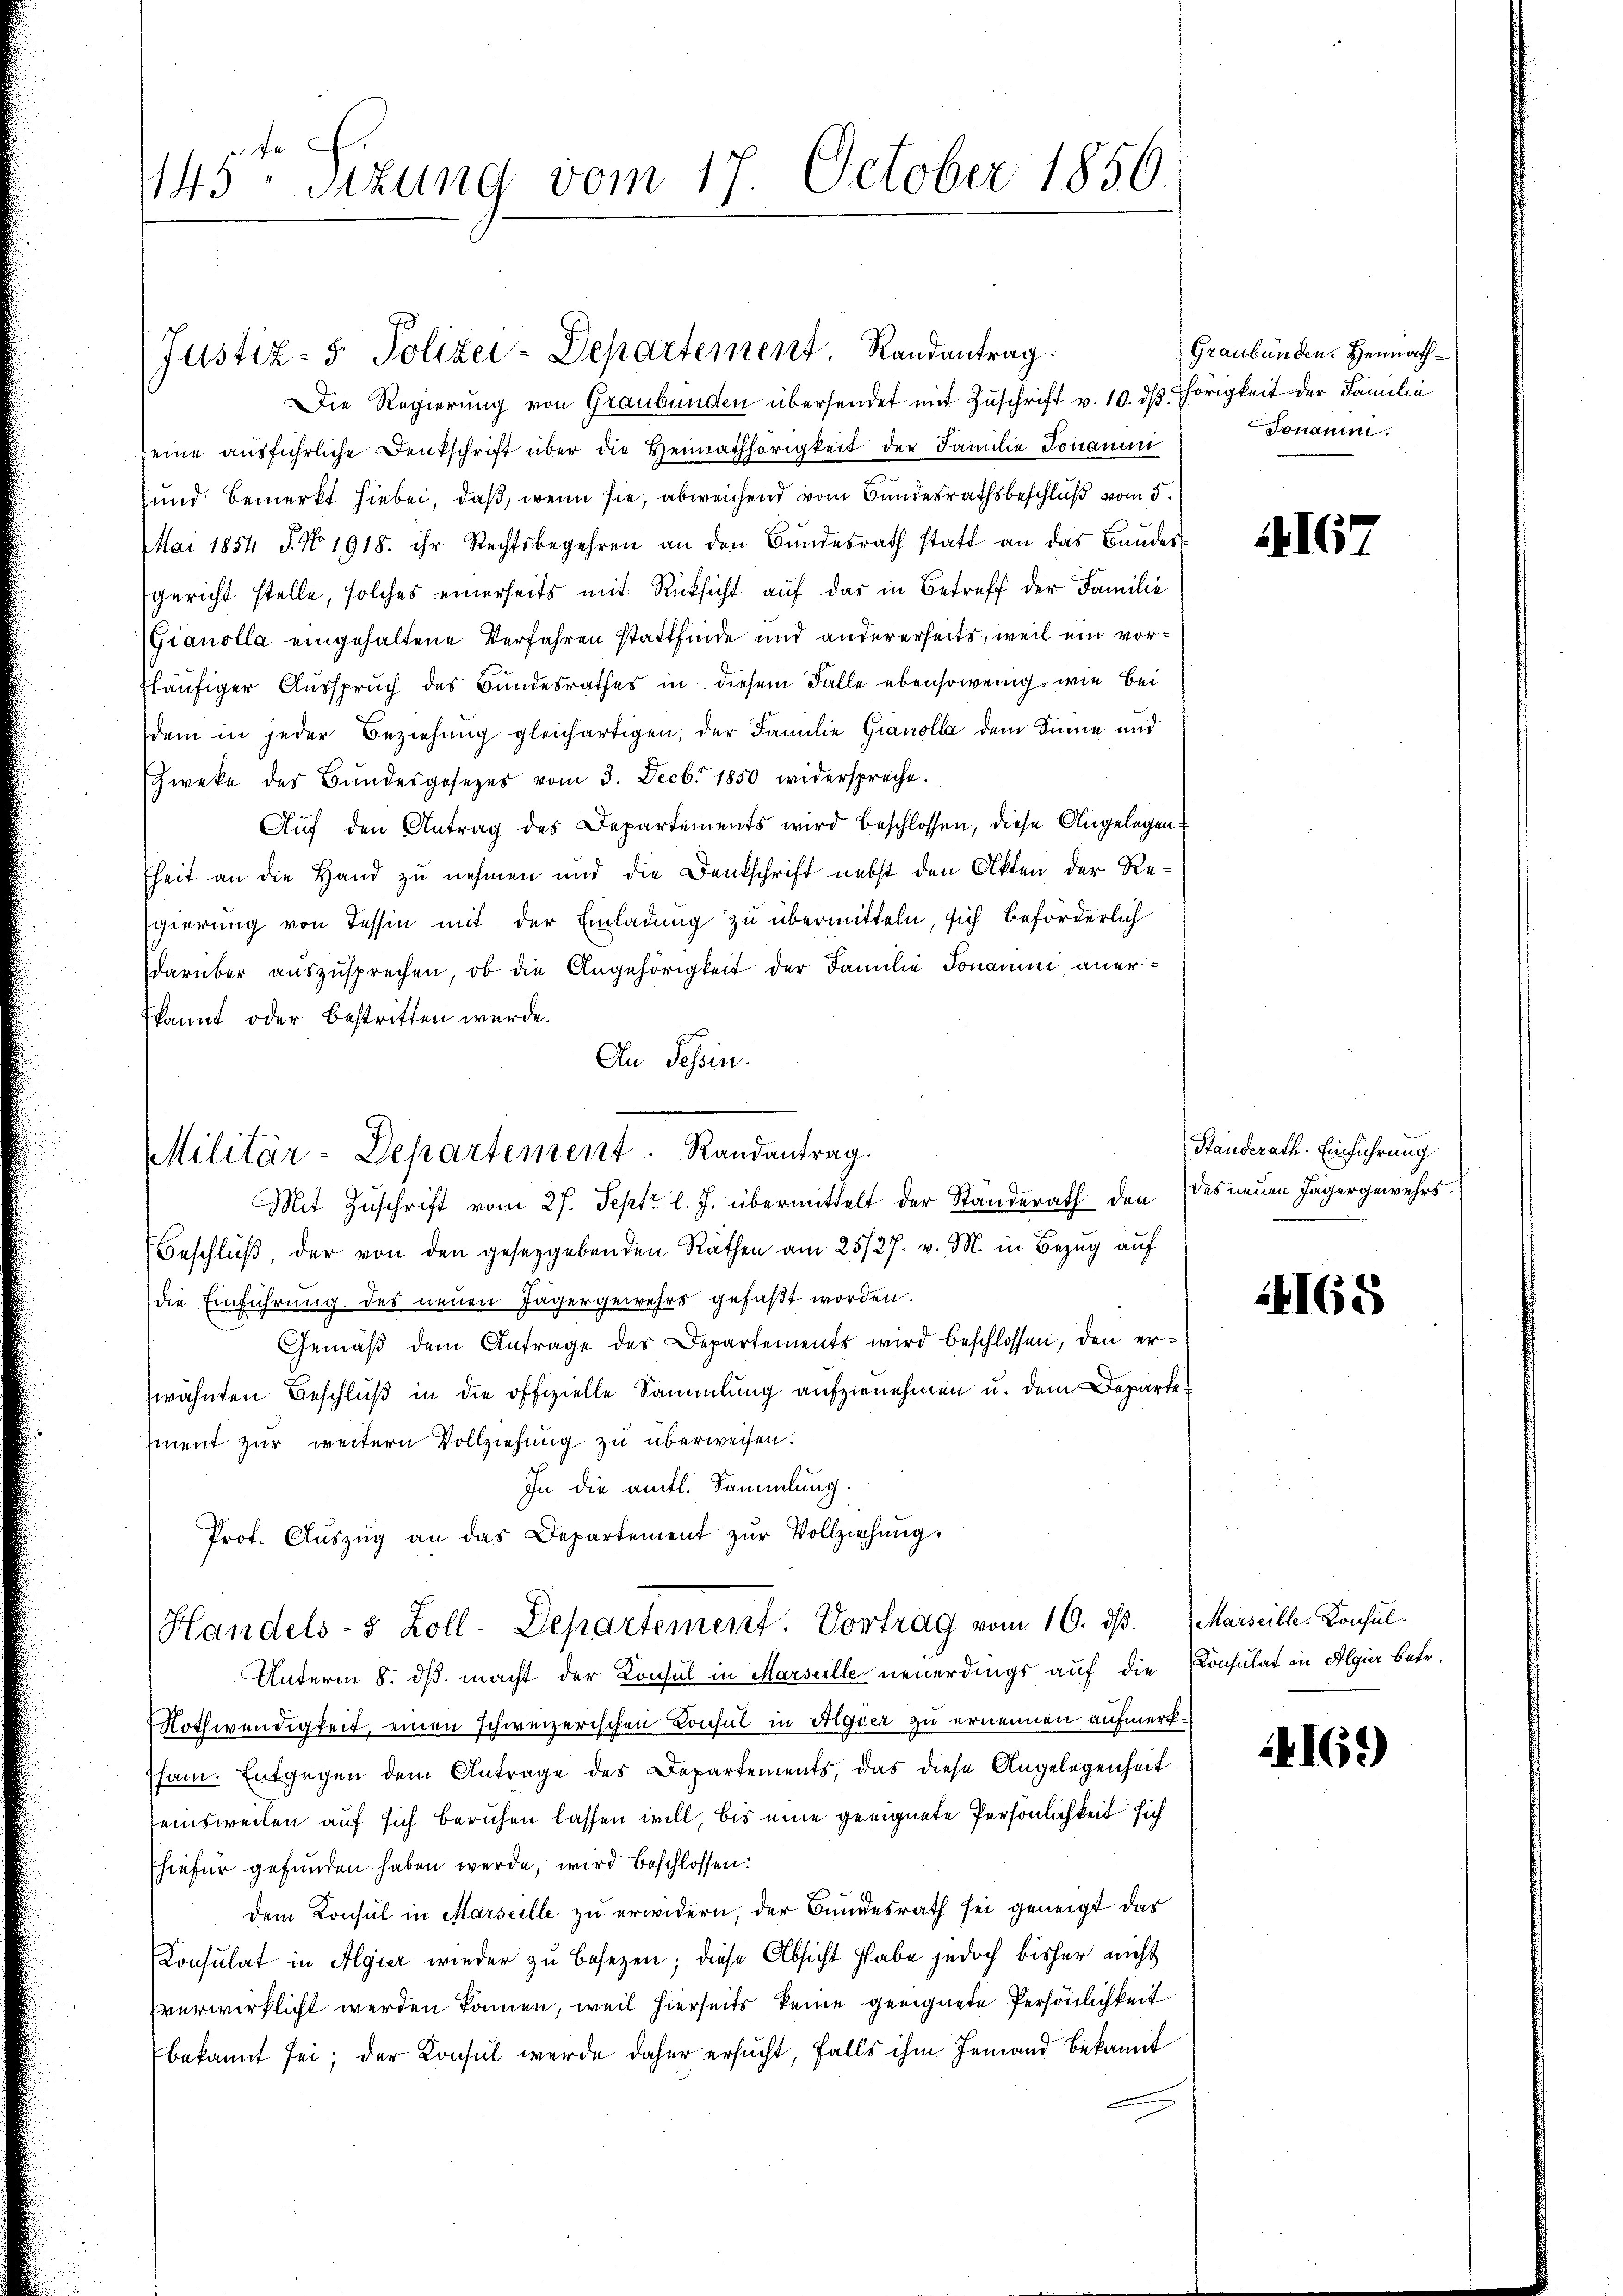
143 sizung vom 17. October 1856.

Die Regierung von Graubünden übersendet mit Zuschrift v. 10. ds. hörigkeit der Familie
seine ausführliche Denkschrift über die Heimathörigkeit der Familie Jonauen
und bemerkt hiebei, daß, wenn sie, abweichend vom Bundesrathsbeschluß vom 5.
Mai 1854 S. No 1918. ihr Rechtsbegehren an den Bŭndesrath statt an das Baŭdes
gericht stelle, solches einerseits mit Rücksicht auf das in Betreff der Familie
Gianolla eingehaltene Verfahren stattfinde und andererseits, weil ein vorfläufiger Ausspruch des Bundesrathes in diesem Falle ebensowenig, wie bei
dem in jeder Beziehung gleichartigen, der Familie Gianolla dem Sinne und
Zweke des Bŭndesgesezes vom 3. Decbr 1850 widerspreche.
Auf den Antrag des Departements wird beschlossen, diese Angelegenfheit an die Hand zu nehmen und die Denkschrift nebst den Akten der Re¬
Egierung von Tessin mit der Einladung zu übermitteln, sich beförderlich
darüber auszusprechen, ob die Angehörigkeit der Familie Jonamm anerkannt oder bestritten wurde.
An Tessin.

Justiz- & Polizei-Departement. Randantrag.

Militär-Departement Randantrag.
Mit Zuschrift vom 27. Sept. l. J. übermittelt der Standerath den des neuen Jägergewehrs.

Beschlŭβ der von den geseggebenden Räthen am 25/27. v. M. in Bezug auf
die Einführung des neuen Jägergewehrs gefaßt worden.
Gemäß dem Antrage des Departements wird beschlossen, den erwähnten Beschluß in die offizielle Sammlung aufzunehmen u. dem Departe
sment zur weitern Vollziehung zu überweisen.
In die amtl. Sammlung.
Prot. Aŭszŭg an das Departement zŭr Vollziehŭng.
Unterm 8. ds. macht der Konsul in Marseille neuerdings auf die Konsulat in Algier betr.
Nothwendigkeit, einen schweizerischen Consul in Aiquer zu ernennen aufmerksam. Entgegen dem Antrage des Departements, das diese Angelegenheit
seinsweilen auf sich beruhen lassen will, bis eine geeignete Persönlichkeit sich
hiefür gefunden haben werde, wird beschlossen:
dem Konsul in Marseille zu erwidern, der Bundesrath sei geneigt das
Consulat in Algier wieder zu besezen; diese Absicht habe jedoch bisher nicht
zverwirklicht werden können, weil hierseits keine geeignete Persönlichkeit
bekannt sei; der Konsul werde daher ersucht, falls ihm Jemand bekannt

Handels- & Zoll-Departement. Vortrag vom 10. ds. Marseille. Konsul¬

Graubünden. Heimath¬
Jonauen.

416.

Standerath. Einführung

24168

416.